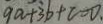
9 a + 3 b + c = 0 ,